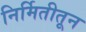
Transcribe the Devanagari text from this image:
निर्मितीतून